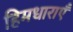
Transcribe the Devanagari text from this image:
हिमधाराएँ